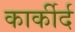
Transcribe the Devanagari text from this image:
कार्कीर्द